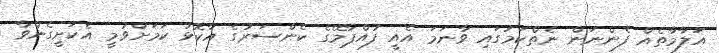
އަލާމާތެއް ފެންނަން ނެތްކަމުގައި ވާނަމަ އެއީ ފުއްޕާމޭގެ ކެންސަރުގެ އާކޮޅު ކަމަށްވުމީ އެކަށީގެންވާ